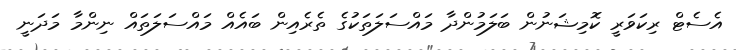
އެސެޓް ރިކަވަރީ ކޮމިޝަނުން ބަލަމުންދާ މައްސަލަތަކުގެ ތެރެއިން ބައެއް މައްސަލަތައް ނިންމާ މަދަނީ